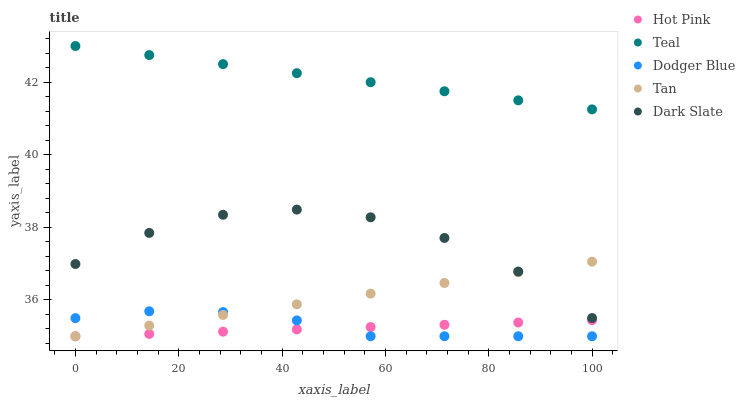
| xaxis_label | Hot Pink | Teal | Dodger Blue | Tan | Dark Slate |
 | --- | --- | --- | --- | --- | --- |
 | 0 | 35 | 43 | 35.5 | 35 | 37 |
 | 14.3 | 35.1 | 42.8 | 35.7 | 35.3 | 37.8 |
 | 28.6 | 35.1 | 42.5 | 35.7 | 35.6 | 38.3 |
 | 42.9 | 35.2 | 42.3 | 35.4 | 35.9 | 38.5 |
 | 57.1 | 35.3 | 42 | 35 | 36.2 | 38.3 |
 | 71.4 | 35.3 | 41.8 | 35 | 36.5 | 37.7 |
 | 85.7 | 35.4 | 41.5 | 35 | 36.8 | 36.8 |
 | 100 | 35.4 | 41.3 | 35 | 37.1 | 35.5 |